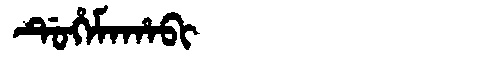
Manchu: ᡩᡠᡥᡝᠮᠠᡥᠠᠪᡳ
Romanization: DUHEMAHABI